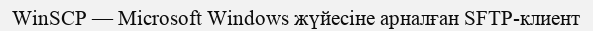
WinSCP — Microsoft Windows жүйесіне арналған SFTP-клиент